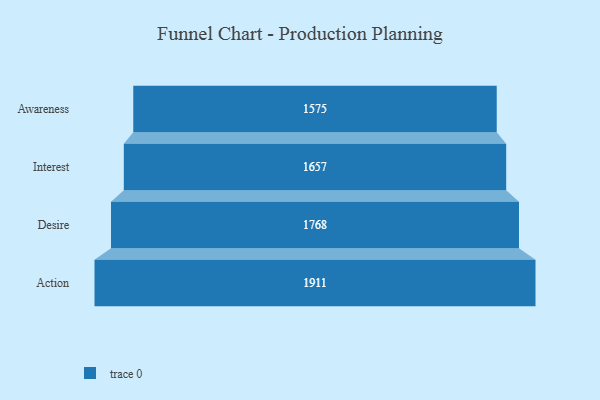
{"axis": {"x": "Stage", "y": "Value"}, "legend": [""], "data": [{"x": "Awareness", "y": 1575.0, "type": ""}, {"x": "Interest", "y": 1657.0, "type": ""}, {"x": "Desire", "y": 1768.0, "type": ""}, {"x": "Action", "y": 1911.0, "type": ""}]}